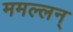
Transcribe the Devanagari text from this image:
ममल्लन्